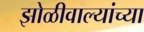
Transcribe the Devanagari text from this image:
झोळीवाल्यांच्या